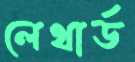
লেথার্ড